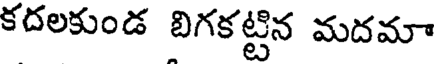
కదలకుండ బిగకట్టిన మదమా